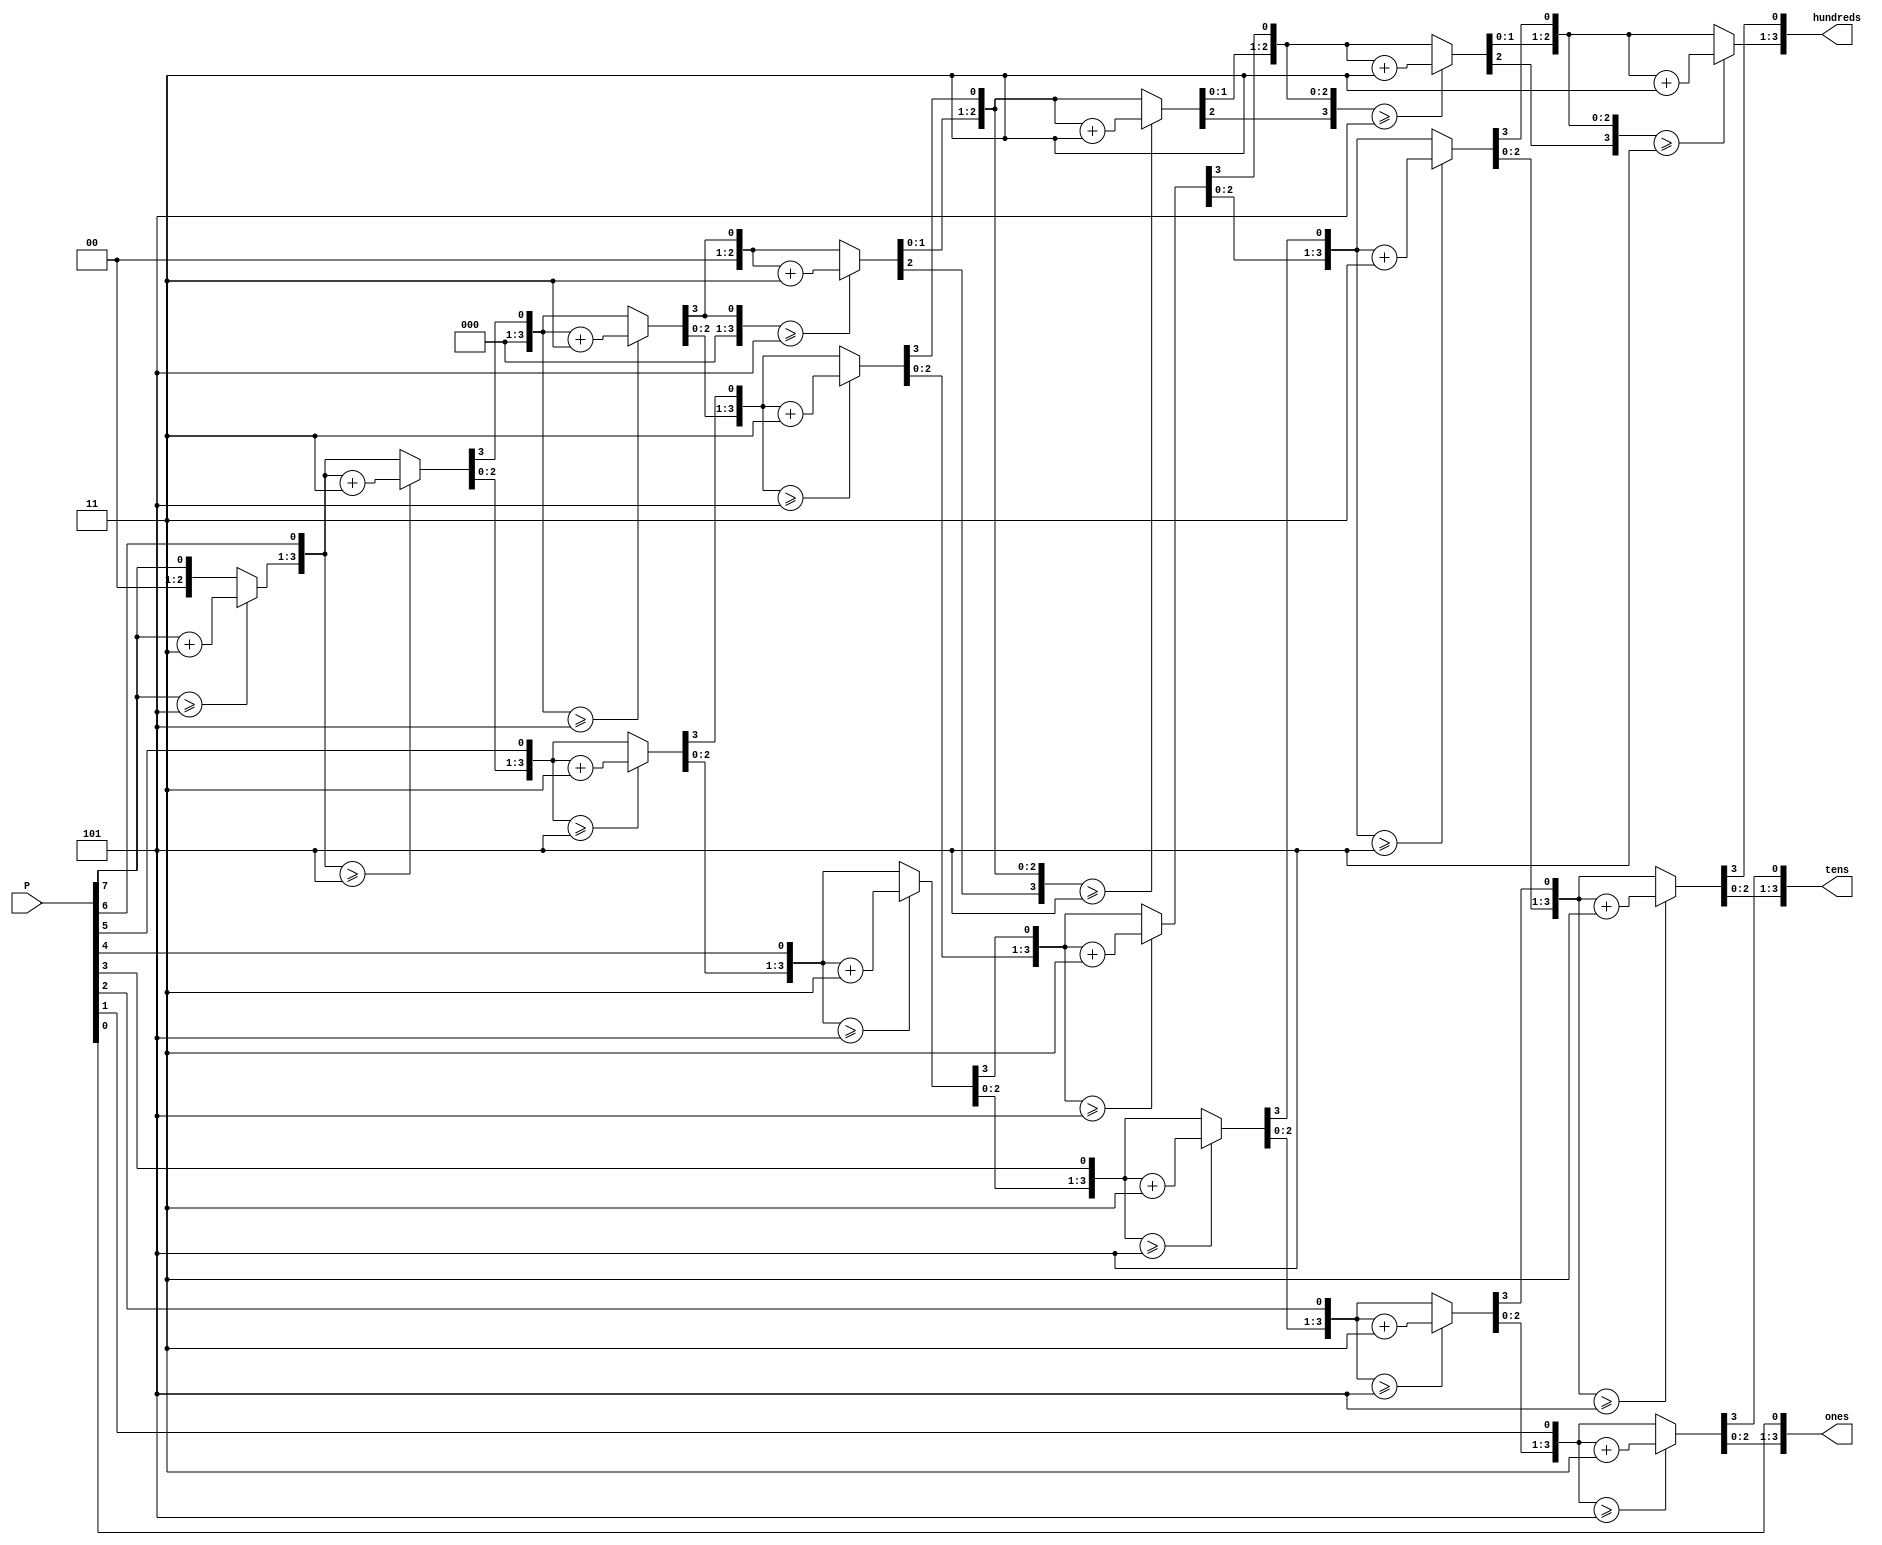
module P_2_BCD(
input [7:0] P,
output reg [3:0] hundreds, tens, ones
);

integer i;
always @ (P)
begin
    hundreds = 4'd0;
    tens     = 4'd0;
    ones     = 4'd0;
    
    for (i = 7; i >= 0; i= i - 1)
    begin
        if (hundreds >= 5)
            hundreds = hundreds + 3;
        if (tens >= 5)
            tens = tens + 3;
        if (ones >= 5)
            ones = ones + 3;
        
        hundreds = hundreds << 1;
        hundreds[0] = tens[3];
        tens = tens << 1;
        tens[0] = ones[3];
        ones = ones << 1;
        ones[0] = P[i];
    end
end

endmodule